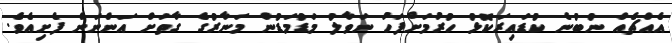
އެއްޗެއް ނުބުނެ ކުޑައިރަކޮޅު ހުރުމަށްފަހު ނަވާލު މަޑުމަޑުން މަނާރުގެ ގާތަށް އަންނަން ފެށިއެވެ.